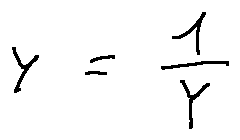
y = \frac { 1 } { Y }